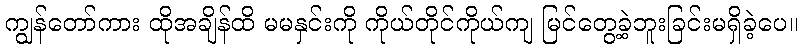
ကျွန်တော်ကား ထိုအချိန်ထိ မမနှင်းကို ကိုယ်တိုင်ကိုယ်ကျ မြင်တွေ့ခဲ့ဘူးခြင်းမရှိခဲ့ပေ။